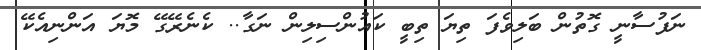
ނަފުސާނީ ގޮތުން ބަލިވެފަ ތިޔަ ތިބީ ކައުންސިލިން ނަގާ.. ކެނެރޭގޭ މޮޔަ އަންނިއެކޭ